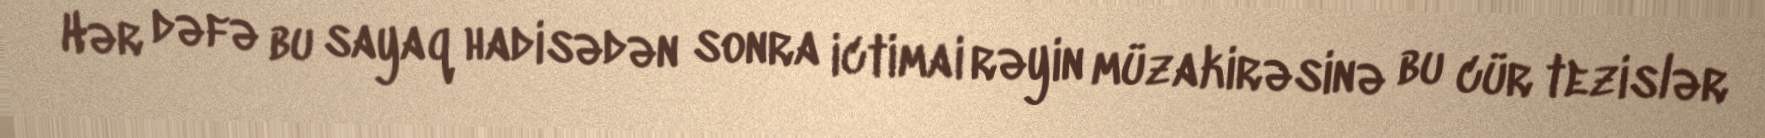
Hər dəfə bu sayaq hadisədən sonra ictimai rəyin müzakirəsinə bu cür tezislər